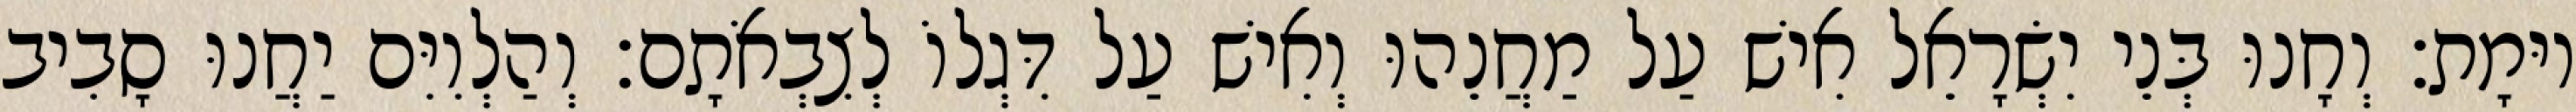
יוּמָת׃ וְחָנוּ בְּנֵי יִשְׂרָאֵל אִישׁ עַל מַחֲנֵהוּ וְאִישׁ עַל דִּגְלוֹ לְצִבְאֹתָם׃ וְהַלְוִיִּם יַחֲנוּ סָבִיב